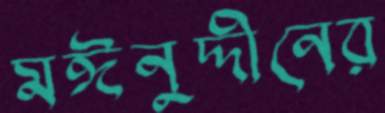
মঈনুদ্দীনের